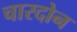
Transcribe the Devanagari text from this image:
चारदोन